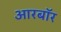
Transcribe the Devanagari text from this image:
आरबॉर